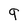
Character: g